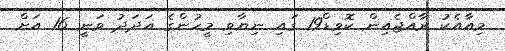
މިއާއެކު ރާއްޖެއިން ކޮވިޑް19 ގައި ނިޔާވި މީހުންގެ އަދަދު ވަނީ 16 އަށް